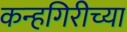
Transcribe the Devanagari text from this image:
कन्हगिरीच्या